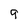
Character: 9